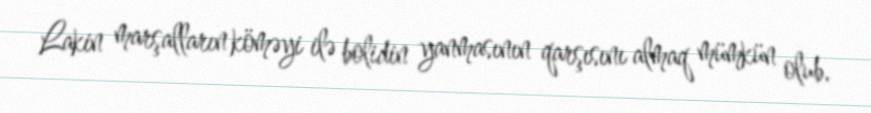
Lakin marşalların köməyi ilə bolidin yanmasının qarşısını almaq mümkün olub.